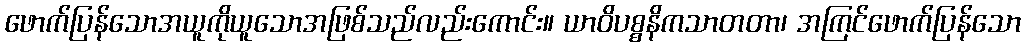
ဖောက်ပြန်သောအယူကိုယူသောအဖြစ်သည်လည်းကောင်း။ ယာဝိပစ္စနိကသာတတာ၊ အကြင်ဖောက်ပြန်သော